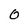
Character: 0